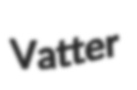
Vatter